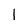
Character: I